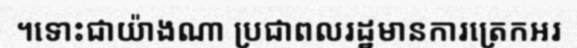
។ទោះជាយ៉ាងណា ប្រជាពលរដ្ឋមានការត្រេកអរ